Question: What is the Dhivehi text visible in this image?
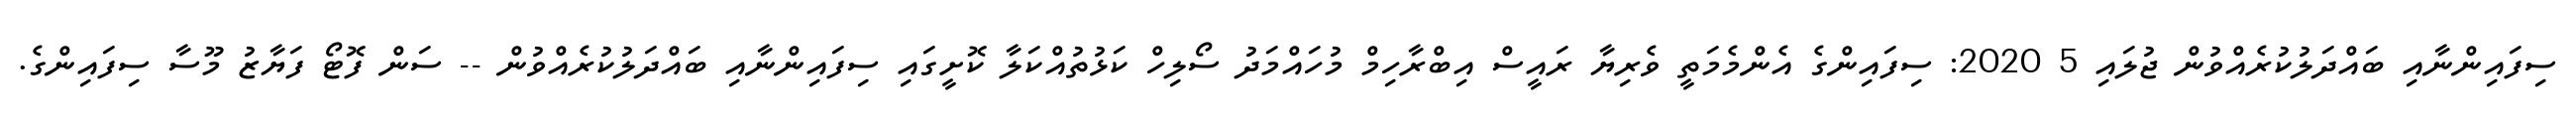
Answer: ސިފައިންނާއި ބައްދަލުކުރެއްވުން ޖުލައި 5 2020: ސިފައިންގެ އެންމެމަތީ ވެރިޔާ ރައީސް އިބްރާހިމް މުހައްމަދު ސޯލިހް ކަޅުތުއްކަލާ ކޮށީގައި ސިފައިންނާއި ބައްދަލުކުރެއްވުން -- ސަން ފޮޓޯ ފަޔާޒު މޫސާ ސިފައިންގެ.